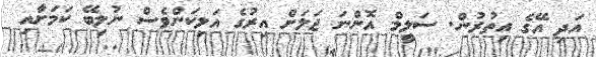
އަދި އޭގެ އިތުރުން. ސަލީމް އޮންނަ ޖަލަށް އިރުގެ އަލިކަންވެސް ނުލިބޭ ކަމަށާއި